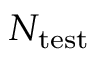
N _ { \mathrm { t e s t } }